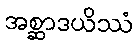
အစ္ဆာဒယိဿံ